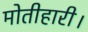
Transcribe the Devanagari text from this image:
मोतीहारी।